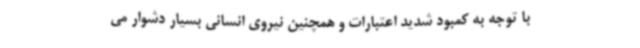
با توجه به کمبود شدید اعتبارات و همچنین نیروی انسانی بسیار دشوار می